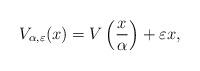
LaTeX: \begin{align*}V_{\alpha, \varepsilon}(x) = V\left(\frac{x}{\alpha}\right)+\varepsilon x,\end{align*}